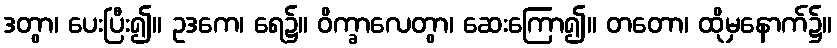
ဒတွာ၊ ပေးပြီး၍။ ဥဒကေ၊ ရေ၌။ ဝိက္ခာလေတွာ၊ ဆေးကြော၍။ တတော၊ ထိုမှနောက်၌။